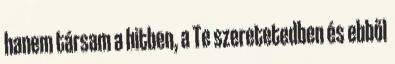
hanem társam a hitben, a Te szeretetedben és ebből